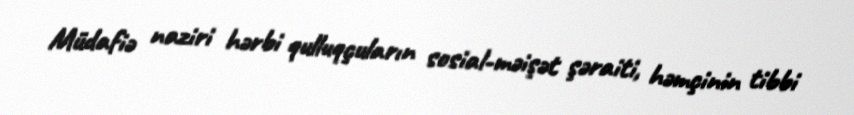
Müdafiə naziri hərbi qulluqçuların sosial-məişət şəraiti, həmçinin tibbi